Physiological action of certain drugs in tablet form - Number 52A
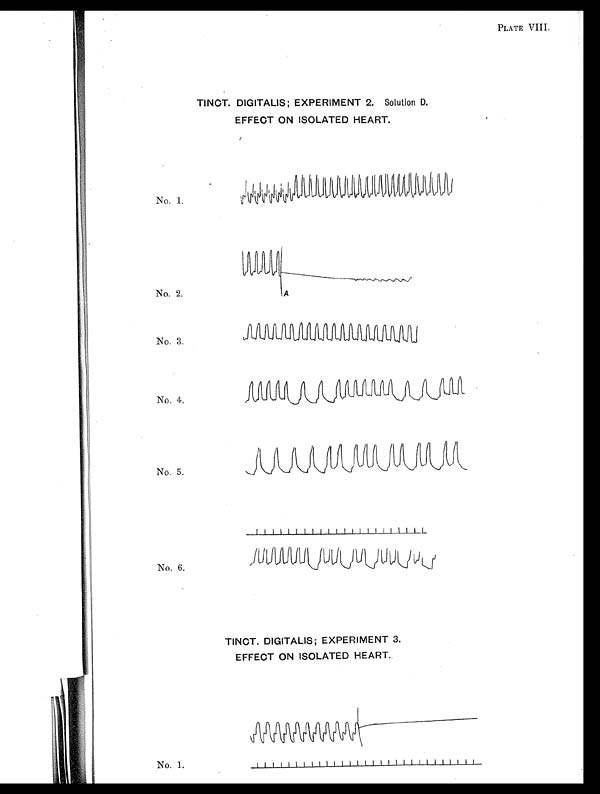
PLATE VIII.
TINCT. DIGITALIS; EXPERIMENT 2. Solution D.
EFFECT ON ISOLATED HEART.
No. 1.
No. 2.
No. 3.
No. 4.
No. 5.
No. 6.
TINCT. DIGITALIS; EXPERIMENT 3.
EFFECT ON ISOLATED HEART.
No. 1.